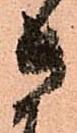
さ